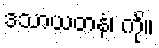
ဒသာယတနံ၊ ကို။